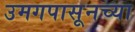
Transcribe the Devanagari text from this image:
उमगपासूनच्या